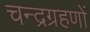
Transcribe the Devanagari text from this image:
चन्द्रग्रहणों